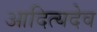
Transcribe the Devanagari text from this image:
आदित्यदेव